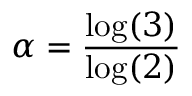
\alpha = \frac { \log ( 3 ) } { \log ( 2 ) }